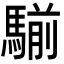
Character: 騚